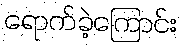
ရောက်ခဲ့ကြောင်း